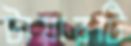
টায়ারটি